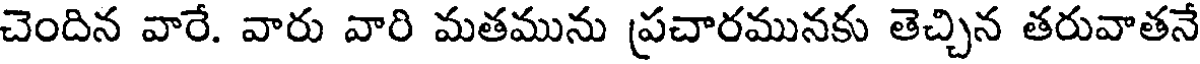
చెందిన వారే. వారు వారి మతమును ప్రచారమునకు తెచ్చిన తరువాతనే